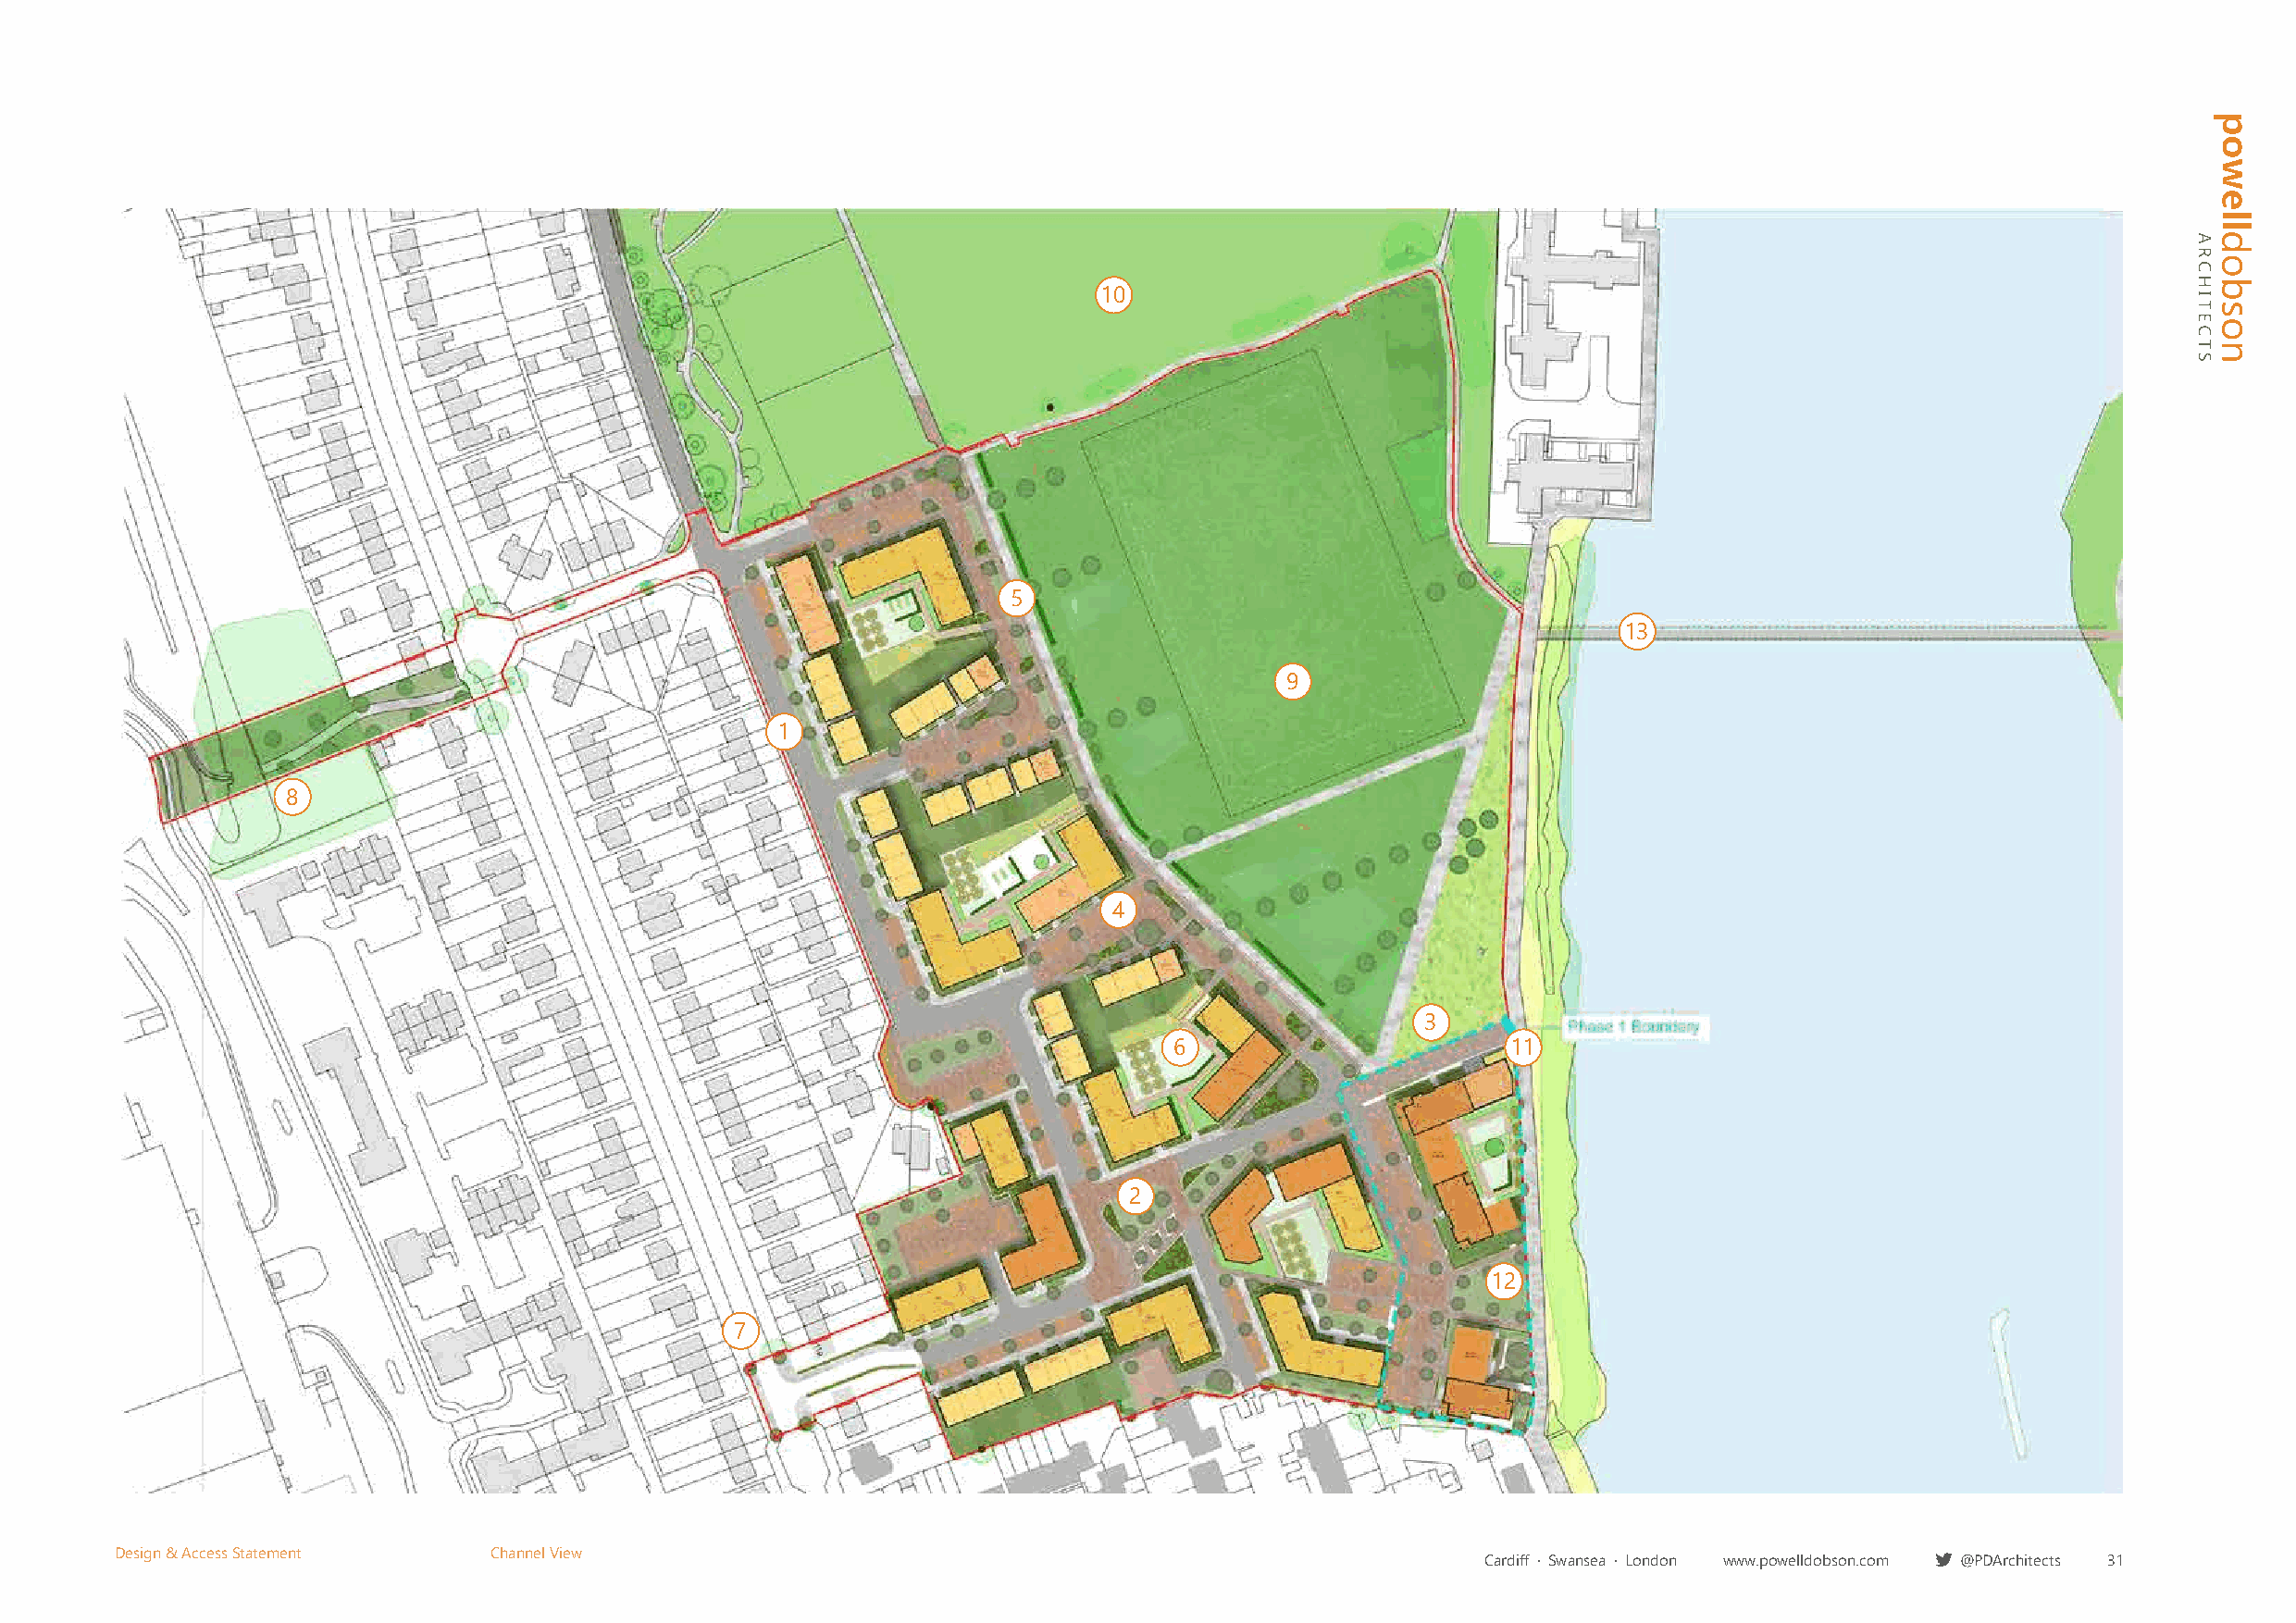
10
 5
 13
 9
 1
 8
 4
 3
 6                       11
 2
 12
 7
 Design & Access Statement  Channel View
 Cardiff · Swansea · London www.powelldobson.com @PDArchitects 31